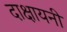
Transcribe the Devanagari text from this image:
दाक्षायनी